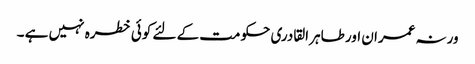
ورنہ عمران اور طاہر القادری حکومت کے لئے کوئی خطرہ نہیں ہے ۔